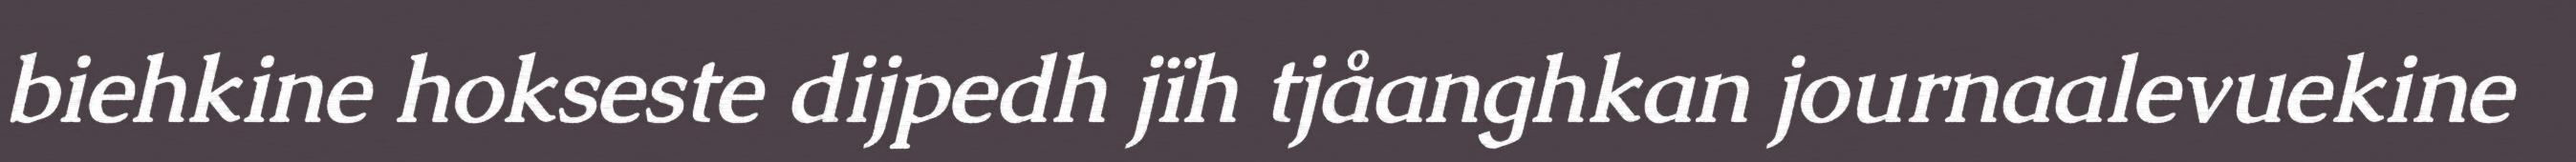
biehkine hokseste dijpedh jïh tjåanghkan journaalevuekine